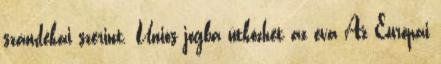
szándékai szerint. Uniós jogba ütközhet az eva Az Európai